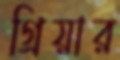
গ্রিয়ার